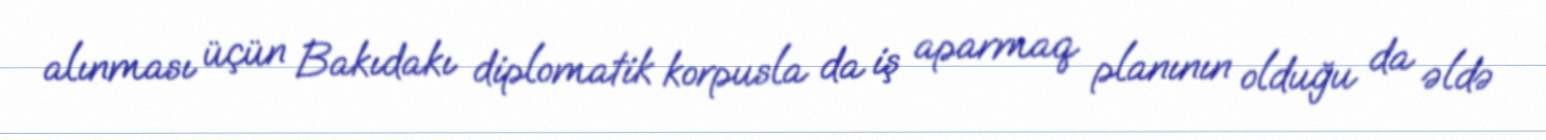
alınması üçün Bakıdakı diplomatik korpusla da iş aparmaq planının olduğu da əldə